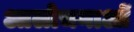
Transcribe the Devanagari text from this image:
आलोचनाआें